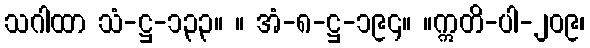
သဂါထာ သံ-ဋ္ဌ-၁၃၃။ ။ အံ-၈-ဋ္ဌ-၁၉၄။ ။ဣတိ-ပါ-၂၀၉၊